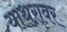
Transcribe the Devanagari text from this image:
याथरावर